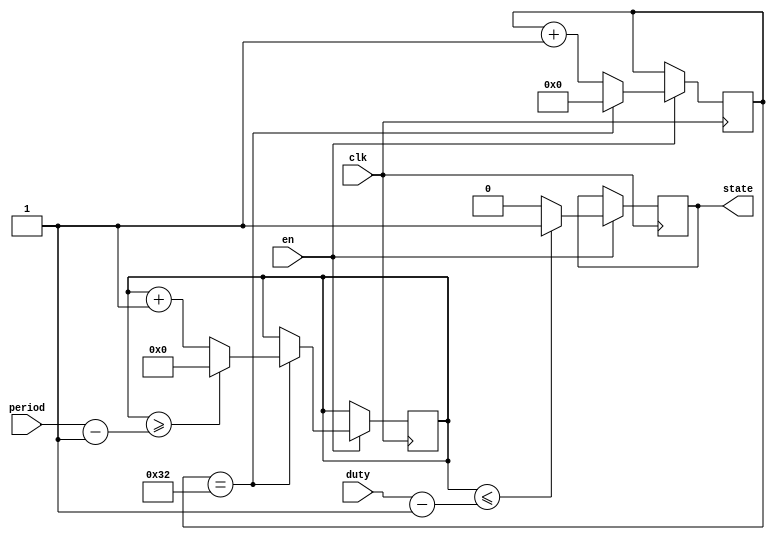
//
//  counter.v
//  Counter Module
//
//  Created  by Arshdeep
//

module counter(clk,period,duty,state,en); // Period nad DutyCycle are given in ms.
// Inputs and Outputs
	input clk;
	input en;
	input [31:0] period;
	input [31:0] duty;
	output reg state;
// Registers
reg [5:0] contusec = 0;
reg [14:0] contmsec = 0;
reg [4:0] periodf = 0;
reg [4:0] dutyf = 0;

	always @(posedge clk) begin
		if(en == 1)begin
			if(contusec == 50) begin // Counter registers 50 CLK Cycles, which equals to 1us (for a 50 MHz CLK).
				contusec = 0;
				if(contmsec >= period-1) begin // Period is registered in ms.
					contmsec = 0;
				end else begin
					contmsec = contmsec + 1;
				end
			end else begin
				contusec = contusec + 1;
			end
		end
	end

	always @(posedge clk) begin
		if(en == 1)begin
			if(contmsec <= duty-1)begin
				state = 1;
			end else begin
				state = 0;
			end
		end
	end

/*
	always @(posedge clk) begin

		if(en == 1)begin
			dutyf = duty;
			periodf = period;
		end
	end
*/

endmodule